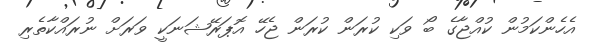
އެހެންކަމުން ކުއްޖާގެ ބޯ ވަކި ކުރަން ކުރަން ޖެހޭ އޮޕަރޭޝަނަކީ ވަރަށް ނުރައްކާތެރި